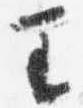
王